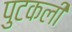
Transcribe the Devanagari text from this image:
पुटकली